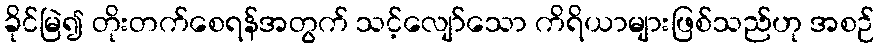
ခိုင်မြဲ၍ တိုးတက်စေရန်အတွက် သင့်လျော်သော ကိရိယာများဖြစ်သည်ဟု အစဉ်